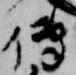
伝